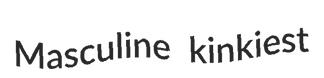
Masculine kinkiest